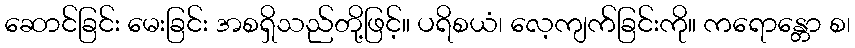
ဆောင်ခြင်း မေးခြင်း အစရှိသည်တို့ဖြင့်။ ပရိစယံ၊ လေ့ကျက်ခြင်းကို။ ကရောန္တော စ၊